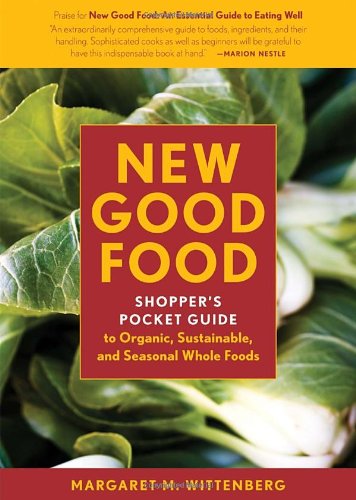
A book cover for New Good Food Pocket Guide, rev: Shopper's Pocket Guide to Organic, Sustainable, and Seasonal Whole Foods; Margaret M. Wittenberg; Cookbooks, Food & Wine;